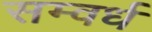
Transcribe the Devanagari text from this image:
सम्वर्ध